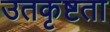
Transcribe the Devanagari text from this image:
उतकृष्टता